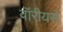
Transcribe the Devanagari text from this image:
वॉरीयर्स